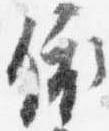
依